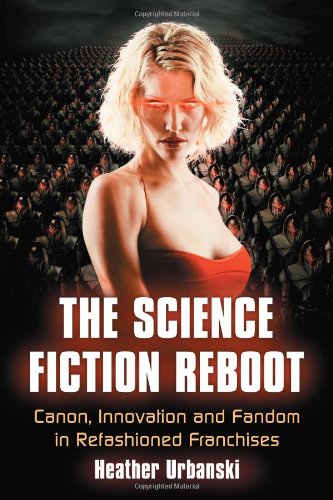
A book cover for The Science Fiction Reboot: Canon, Innovation and Fandom in Refashioned Franchises; Heather Urbanski; Humor & Entertainment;